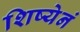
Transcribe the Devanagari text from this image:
शिष्येनं